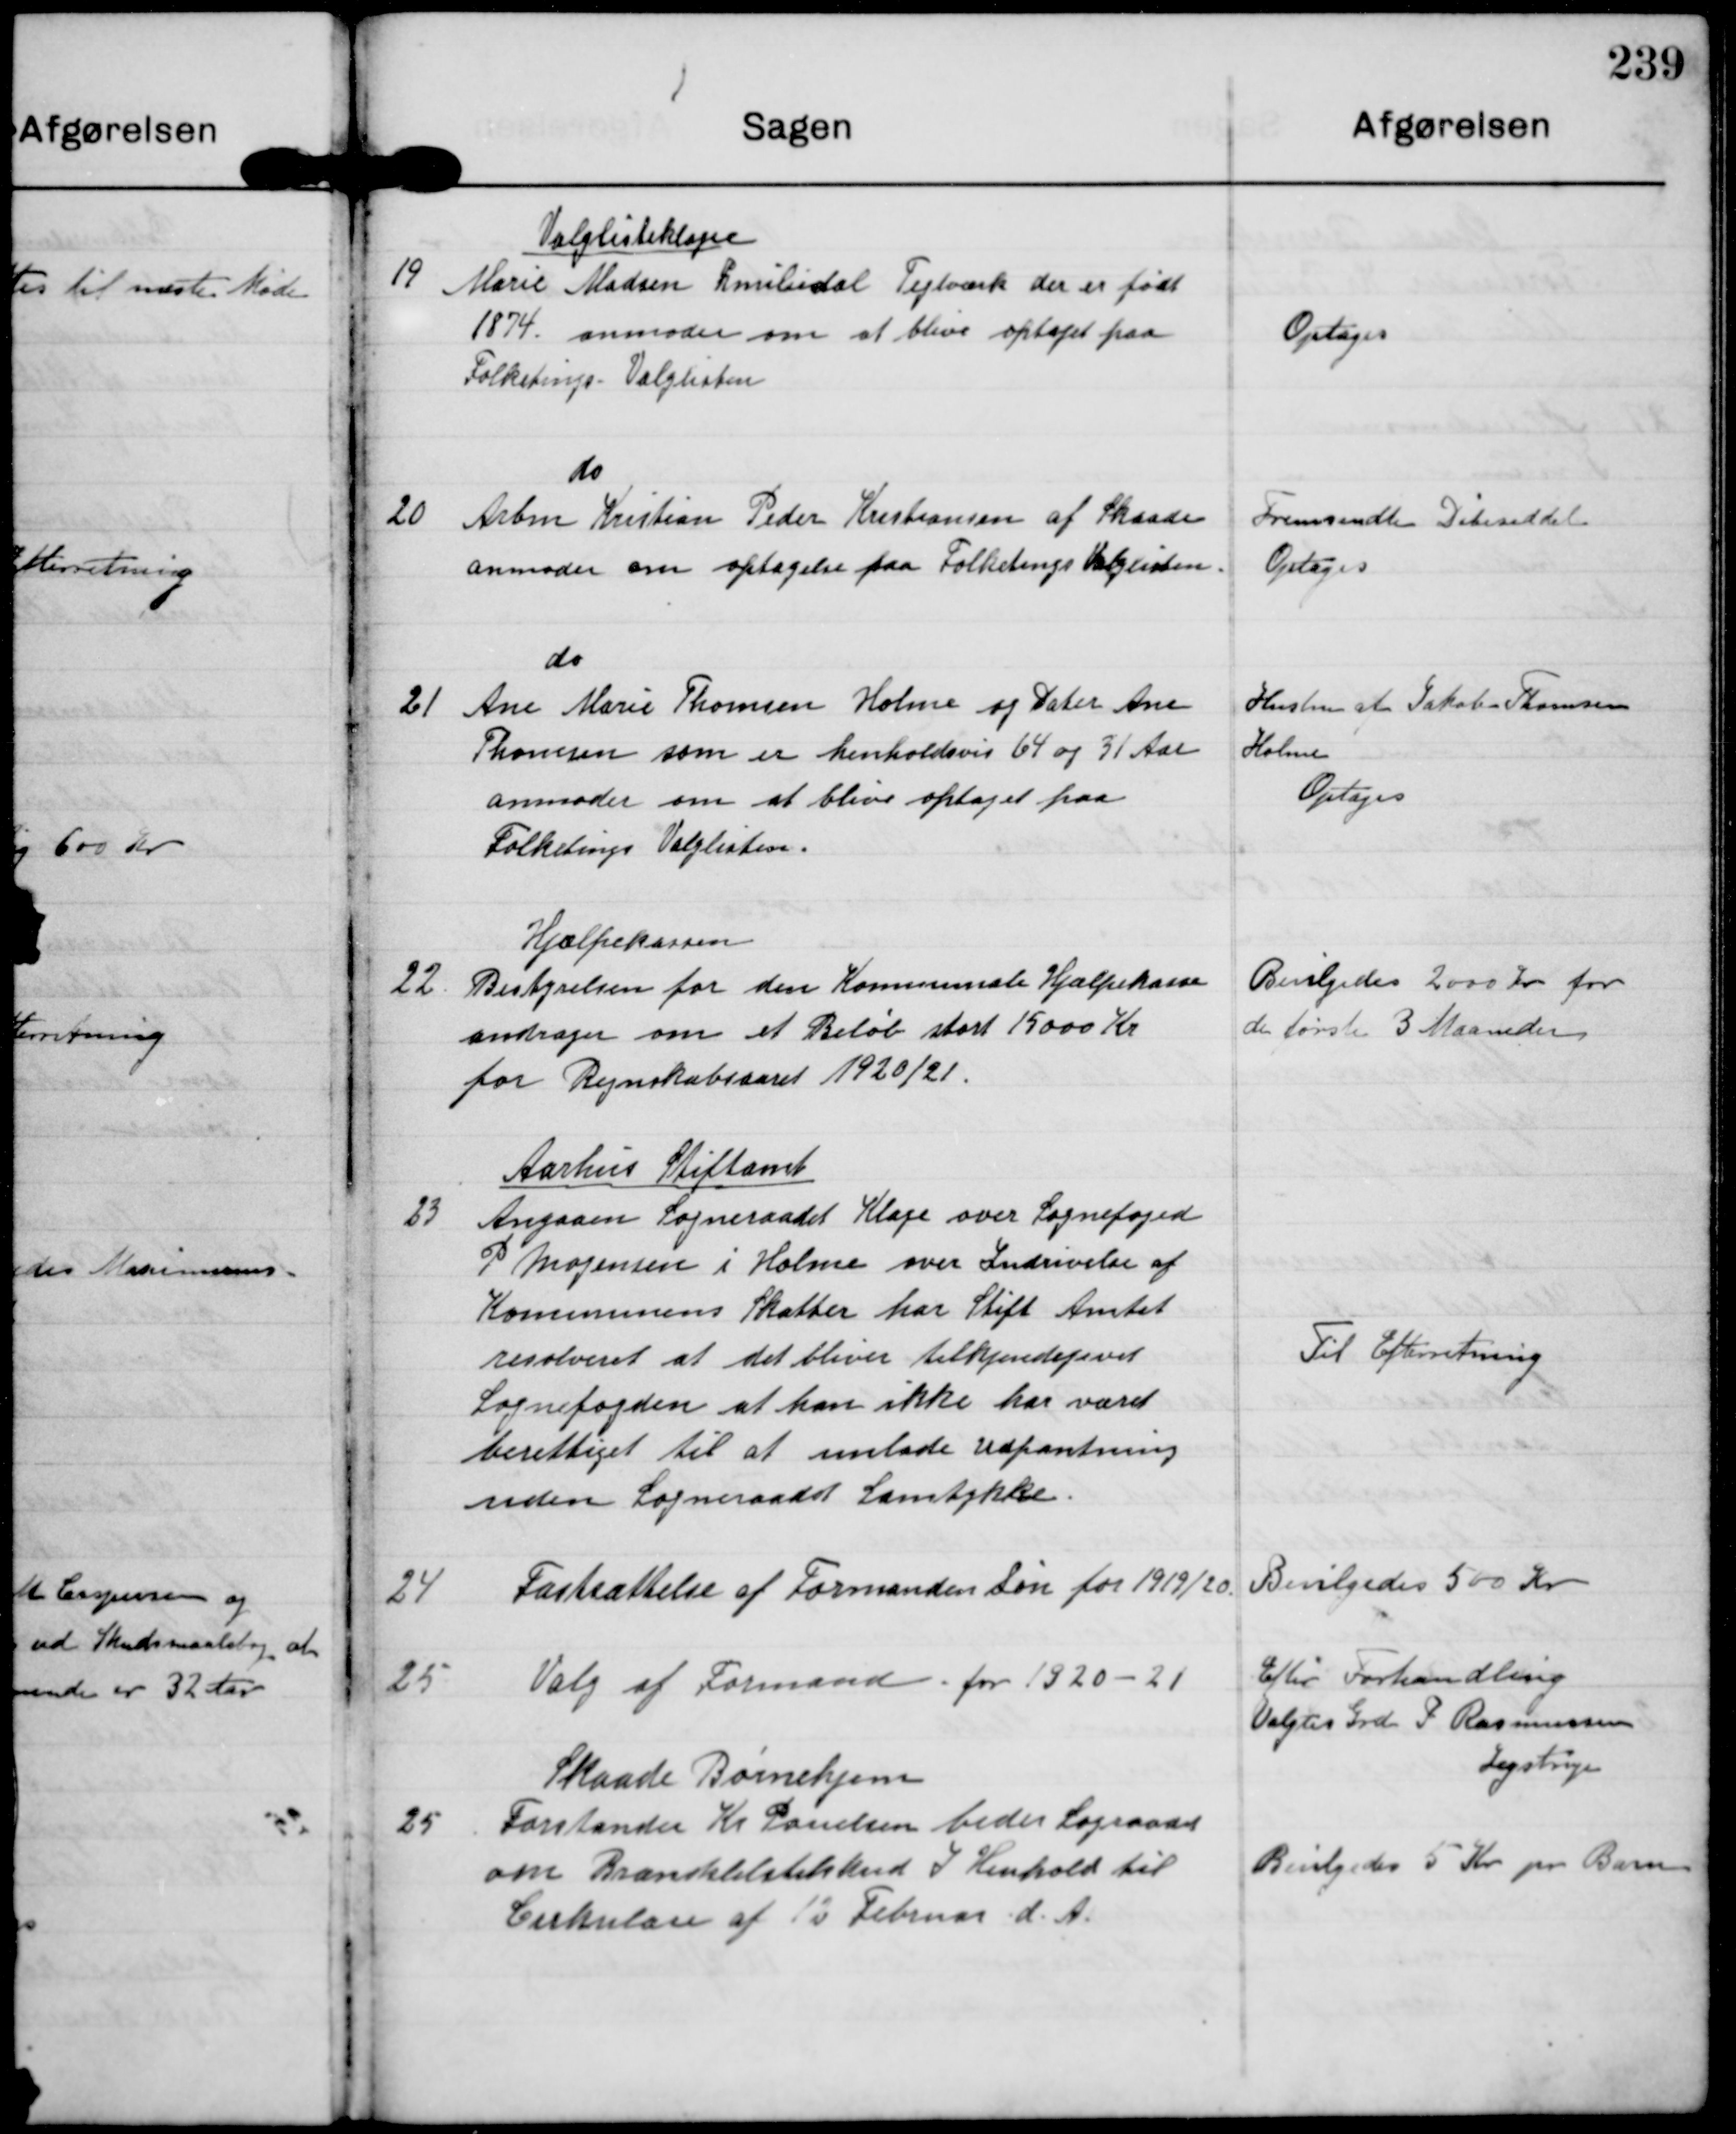
Transskription:
19

Valglisteklage
Marie Madsen Emiliedal Teglværk der er født
1874. anmoder om at blive optaget paa
Folketings Valglisten

Optages

20

do
Arbm Kristian Peder Kristiansen af Skaade
anmoder om optagelse paa Folketings Valglisten

Fremsendte Dåbsseddel
Optages

21

do
Ane Marie Thomsen Holme og Dater Ane
Thomsen som er henholdsvis 64 og 31 Aar
anmoder om at blive optaget paa
Folketings Valglisten.

Hustru af Jakob Thomsen
Holme
Optages

22

Hjælpekassen
Bestyrelsen for den Kommunale Hjælpekasse
andrager om et Beløb stort 15000 Kr
for Regnskabsaaret 1920/21.

Bevilgedes 2000 Kr for
de første 3 Maaneder

23

Aarhus Stiftamt
Angaaen Sogneraadet Klage over Sognefoged.
P Mogensen i Holme over Indrivelse af
Kommunens Skatter har Stift Amtet
resolveret at det bliver tilkjendegivet
Sognefogden at han ikke har været
berettiget til at unlade Udpantning
uden Sogneraadet Samtykke.

Til Efterretning

24

Fastsættelse af Formanden Løn for 1919/20.

Bevilgedes 500 Kr

25

Valg af Formand for 1920-21

Efter Forhandling
Valgtes Grd P Rasmussen
Jegstrup

25

Skaade Børnehjem
Forstander Kr Pauelsen beder Sograadet
om Brændselstilskud I Henhold til
Cirkulær af 12 Februar d. A.

Bevilgedes 5 Kr pr Barn